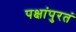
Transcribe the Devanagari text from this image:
पक्षांपुरतं